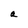
Character: a